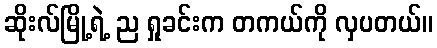
ဆိုးလ်မြို့ရဲ့ ည ရှုခင်းက တကယ်ကို လှပတယ်။